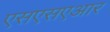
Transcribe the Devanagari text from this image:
एसएसएआर